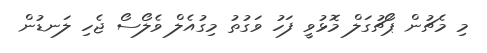
މި މެޗުން ޕޯޗުގަލް މޮޅުވީ ފަހު ވަގުތު މިގުއެލް ވެލޯސޯ ޖެހި ލަނޑުން